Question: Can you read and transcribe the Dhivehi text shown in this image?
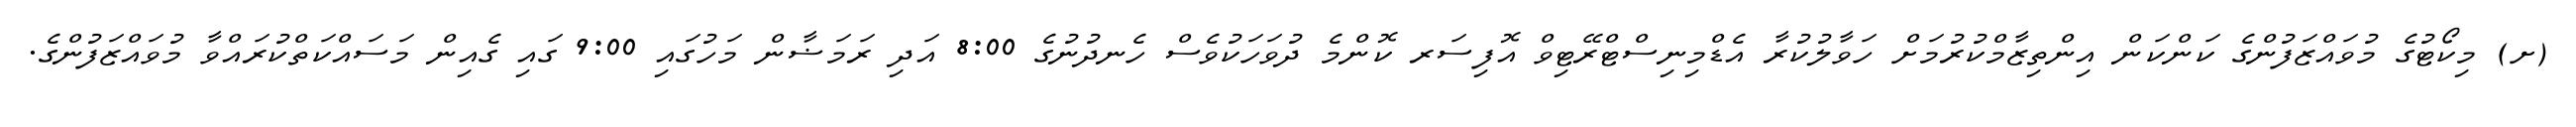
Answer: (ށ) މިކޯޓުގެ މުވައްޒަފުންގެ ކަންކަން އިންތިޒާމްކުރުމަށް ހަވާލުކުރާ އެޑްމިނިސްޓްރޭޓިވް އޮފިސަރ ކޮންމެ ދުވަހަކުވެސް ހެނދުނުގެ 8:00 އަދި ރަމަޟާން މަހުގައި 9:00 ގައި ގެއިން މަސައްކަތްކުރައްވާ މުވައްޒަފުންގެ.